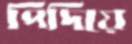
পিদিয়ে